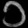
Digit: ၁